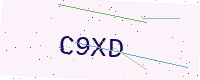
Text: C9XD